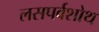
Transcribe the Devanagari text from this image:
लसपर्वशोथ